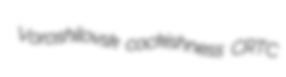
Voroshilovsk cockishness CRTC